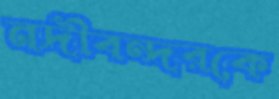
নদীবন্দরকে